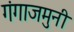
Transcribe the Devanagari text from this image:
गंगाजमुनी